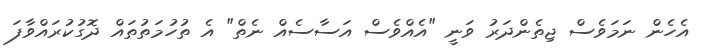
އެހެން ނަމަވެސް ޖިތެންދަރު ވަނީ "އެއްވެސް އަސާސެއް ނެތް" އެ ތުހުމަތުތައް ދޮގުކުރައްވާފަ